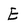
Character: E